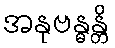
အနုဗန္ဓန္တိ